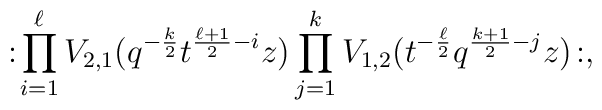
:\!  \prod_{i=1}^{\ell}V_{2,1}(q^{-\frac{k}{2}}t^{\frac{\ell+1}{2}-i}z)  \prod_{j=1}^k V_{1,2}(t^{-\frac{\ell}{2}}q^{\frac{k+1}{2}-j}z)  \!:,